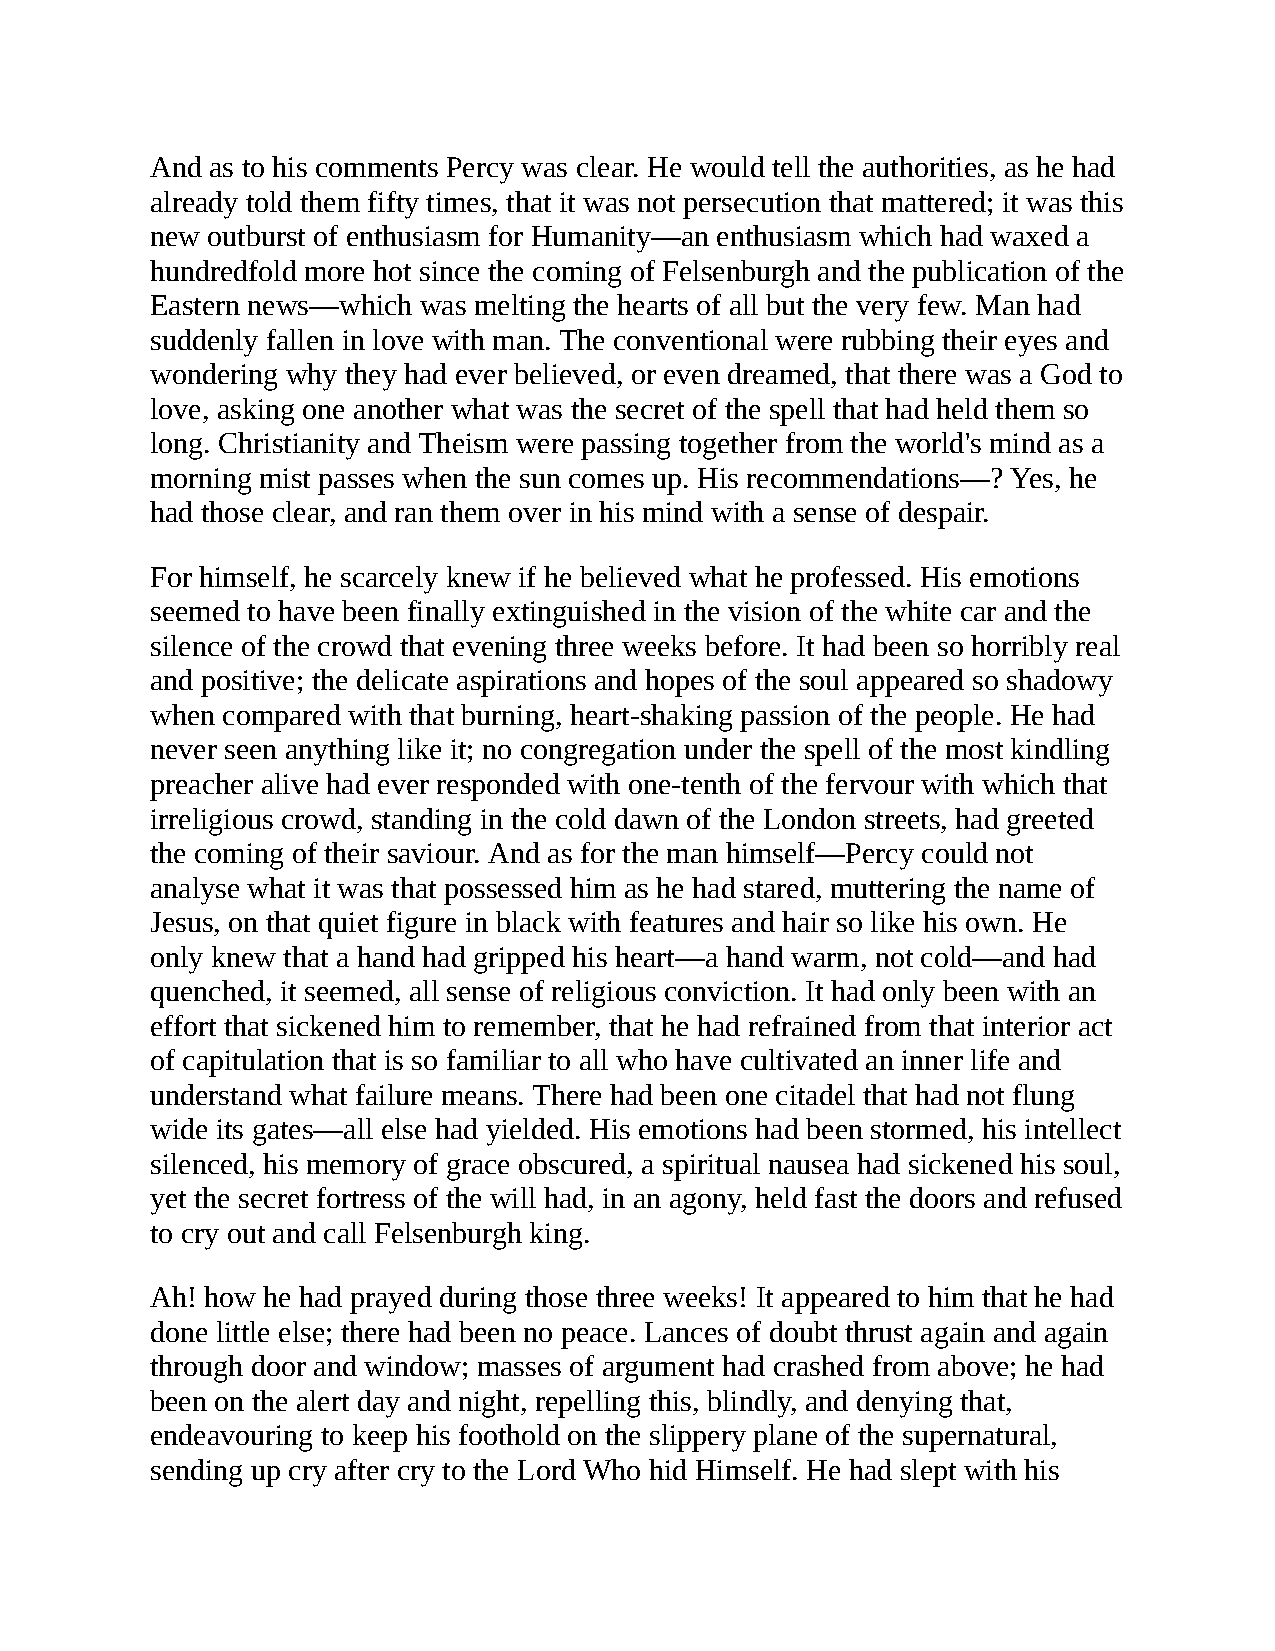
And as to his comments Percy was clear. He would tell the authorities, as he had
 already told them fifty times, that it was not persecution that mattered; it was this
 new outburst of enthusiasm for Humanity—an enthusiasm which had waxed a
 hundredfold more hot since the coming of Felsenburgh and the publication of the
 Eastern news—which was melting the hearts of all but the very few. Man had
 suddenly fallen in love with man. The conventional were rubbing their eyes and
 wondering why they had ever believed, or even dreamed, that there was a God to
 love, asking one another what was the secret of the spell that had held them so
 long. Christianity and Theism were passing together from the world's mind as a
 morning mist passes when the sun comes up. His recommendations—? Yes, he
 had those clear, and ran them over in his mind with a sense of despair.
 For himself, he scarcely knew if he believed what he professed. His emotions
 seemed to have been finally extinguished in the vision of the white car and the
 silence of the crowd that evening three weeks before. It had been so horribly real
 and positive; the delicate aspirations and hopes of the soul appeared so shadowy
 when compared with that burning, heart-shaking passion of the people. He had
 never seen anything like it; no congregation under the spell of the most kindling
 preacher alive had ever responded with one-tenth of the fervour with which that
 irreligious crowd, standing in the cold dawn of the London streets, had greeted
 the coming of their saviour. And as for the man himself—Percy could not
 analyse what it was that possessed him as he had stared, muttering the name of
 Jesus, on that quiet figure in black with features and hair so like his own. He
 only knew that a hand had gripped his heart—a hand warm, not cold—and had
 quenched, it seemed, all sense of religious conviction. It had only been with an
 effort that sickened him to remember, that he had refrained from that interior act
 of capitulation that is so familiar to all who have cultivated an inner life and
 understand what failure means. There had been one citadel that had not flung
 wide its gates—all else had yielded. His emotions had been stormed, his intellect
 silenced, his memory of grace obscured, a spiritual nausea had sickened his soul,
 yet the secret fortress of the will had, in an agony, held fast the doors and refused
 to cry out and call Felsenburgh king.
 Ah! how he had prayed during those three weeks! It appeared to him that he had
 done little else; there had been no peace. Lances of doubt thrust again and again
 through door and window; masses of argument had crashed from above; he had
 been on the alert day and night, repelling this, blindly, and denying that,
 endeavouring to keep his foothold on the slippery plane of the supernatural,
 sending up cry after cry to the Lord Who hid Himself. He had slept with his